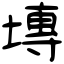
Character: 塼